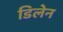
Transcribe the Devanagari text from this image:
डिलेन